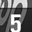
Digit: 5